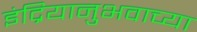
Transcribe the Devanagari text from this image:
इंद्रियानुभवाच्या